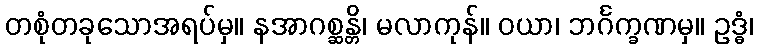
တစုံတခုသောအရပ်မှ။ နအာဂစ္ဆန္တိ၊ မလာကုန်။ ဝယာ၊ ဘင်္ဂက္ခဏမှ။ ဥဒ္ဓံ၊